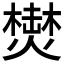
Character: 𱬗